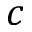
c